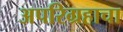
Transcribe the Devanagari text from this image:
अपरिग्रहाचा